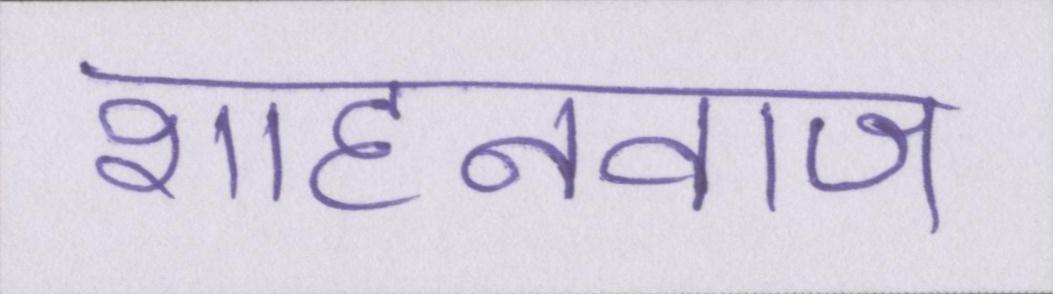
शाहनवाज